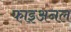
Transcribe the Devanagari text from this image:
फाइअनल